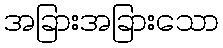
အခြားအခြားသော